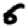
Digit: 6